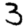
Digit: 3